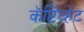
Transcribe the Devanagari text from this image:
कॅप्टिव्हेट